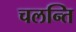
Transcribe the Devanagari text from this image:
चलन्ति